Civil Veterinary Department. Central Provinces & Berar 1925-31 - 1925-1931
Year: 1925
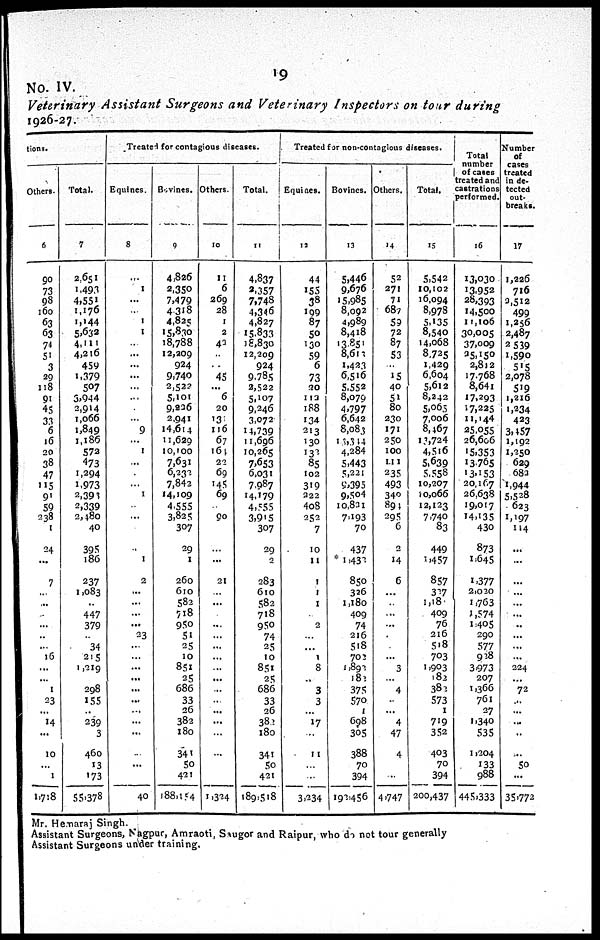
19
No. IV.
Veterinary Assistant Surgeons and Veterinary Inspectors on tour during
1926-27.
tions.
Others.
6
90
73
98
160
63
63
74
51
3
29
118
91
45
33
6
16
20
38
47
115
91
59
238
1
24
...
7
...
...
...
...
...
...
16
...
...
1
23
...
14
...
10
...
1
1,718
Total.
7
2,651
1,493
4,551
1,176
1,144
5,632
4,111
4,216
459
1,379
507
3,944
2,914
1,066
1,849
1,186
572
473
1,294
1,973
2,393
2,339
2,480
40
395
186
237
1,083
...
447
379
...
34
215
1,219
...
298
155
...
239
3
460
13
173
55,378
Treated for contagious diseases.
Equines.
8
...
1
...
...
1
1
...
...
...
...
...
...
...
...
9
...
1
...
...
...
1
...
...
...
...
1
2
...
...
...
...
23
...
...
...
...
...
...
...
...
...
...
...
...
40
Bovines.
9
4,826
2,350
7,479
4,318
4,825
15,830
18,788
12,209
924
9,740
2,522
5,101
9,226
2,941
14,614
11,629
10,100
7,631
6,232
7,842
14,109
4,555
3,825
307
29
1
260
610
582
718
950
51
25
10
851
25
686
33
26
382
180
341
50
421
188,154
Others.
10
11
6
269
28
1
2
42
...
...
45
...
6
20
131
116
67
164
22
69
145
69
...
90
...
...
...
21
...
...
...
...
...
...
...
...
...
...
...
...
...
...
...
...
...
1,324
Total.
11
4,837
3,357
7,748
4,346
4,827
15,833
18,830
12,209
924
9,785
2,522
5,107
9,246
3,072
14,739
11,696
10,265
7,653
6,031
7,987
14,179
4,555
3,915
307
29
2
283
610
582
718
950
74
25
10
851
25
686
33
26
382
180
341
50
421
189,518
Treated for non-contagious diseases.
Equines.
12
44
155
38
199
87
50
130
59
6
73
20
113
188
134
213
130
132
85
102
319
222
408
252
7
10
11
1
1
1
...
2
...
...
1
8
...
3
3
...
17
...
11
...
...
3,234
Bovines.
13
5,446
9,676
15,985
8,092
4,989
8,418
13,851
8,613
1,423
6,516
5,552
8,079
4,797
6,642
8,083
13,314
4,284
5,443
5,221
9,395
9,504
10,821
7,193
70
437
* 1,432
850
326
1,180
409
74
216
518
702
1,892
182
375
570
1
698
305
388
70
394
192,456
Others.
14
52
271
71
687
59
72
87
53
...
15
40
52
80
230
171
250
100
111
235
493
340
894
295
6
2
14
6
...
...
...
...
...
...
...
3
...
4
...
...
4
47
4
...
...
4,747
Total.
15
5,542
10,102
16,094
8,978
5,135
8,540
14,068
8,725
1,429
6,604
5,612
8,242
5,065
7,006
8,467
13,724
4,516
5,639
5,558
10,207
10,066
12,123
7,740
83
449
1,457
857
327
1,180
409
76
216
518
703
1,903
182
382
573
1
719
352
403
70
394
200,437
Total
number
of cases
treated and
castrations
performed.
16
13,030
13,952
28,393
14,500
11,106
30,005
37,009
35,150
2,812
17,768
8,641
17,293
17,225
11,144
25,055
26,606
15,353
13,765
13,153
20,167
26,638
19,017
14,135
430
873
1,645
1,377
2,020
1,763
1,574
1,405
290
577
928
3,973
207
1,366
761
27
1,340
535
1,204
133
988
445,333
Number
of
cases
treated
in de-
tected
out-
breaks.
17
1,226
716
2,512
499
1,256
2,487
2,539
1,590
515
2,078
519
1,216
1,234
423
3,457
1,192
1,250
629
682
1,944
5,528
623
1,197
114
...
...
...
...
...
...
...
...
...
...
224
... 72
...
...
...
...
...
50
...
35,772
Mr. Hemaraj Singh.
Assistant Surgeons, Nagpur, Amraoti, Saugor and Raipur, who do not tour generally
Assistant Surgeons under training.